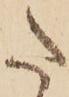
た